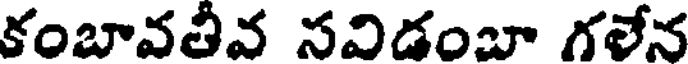
కంబావతీవ సవిడంబా గలేన